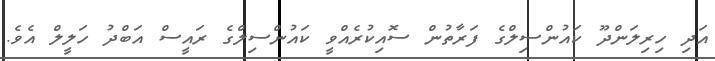
އަދި ހިރިލަންދޫ ކައުންސިލްގެ ފަރާތުން ސޮއިކުރެއްވީ ކައުންސިލްގެ ރައީސް އަބްދު ހަލީލް އެވެ.